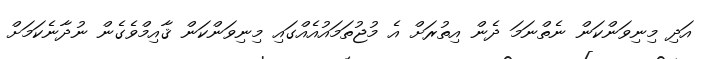
އަދި މިނިވަންކަން ނެތްނަމަ ދެން އިތުރަށް އެ މުޖުތަމައުއެއްގައި މިނިވަންކަން ޤާއިމްވެގެން ނުދާނެކަމަށް